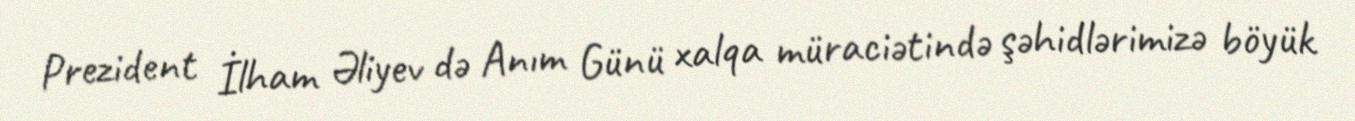
Prezident İlham Əliyev də Anım Günü xalqa müraciətində şəhidlərimizə böyük